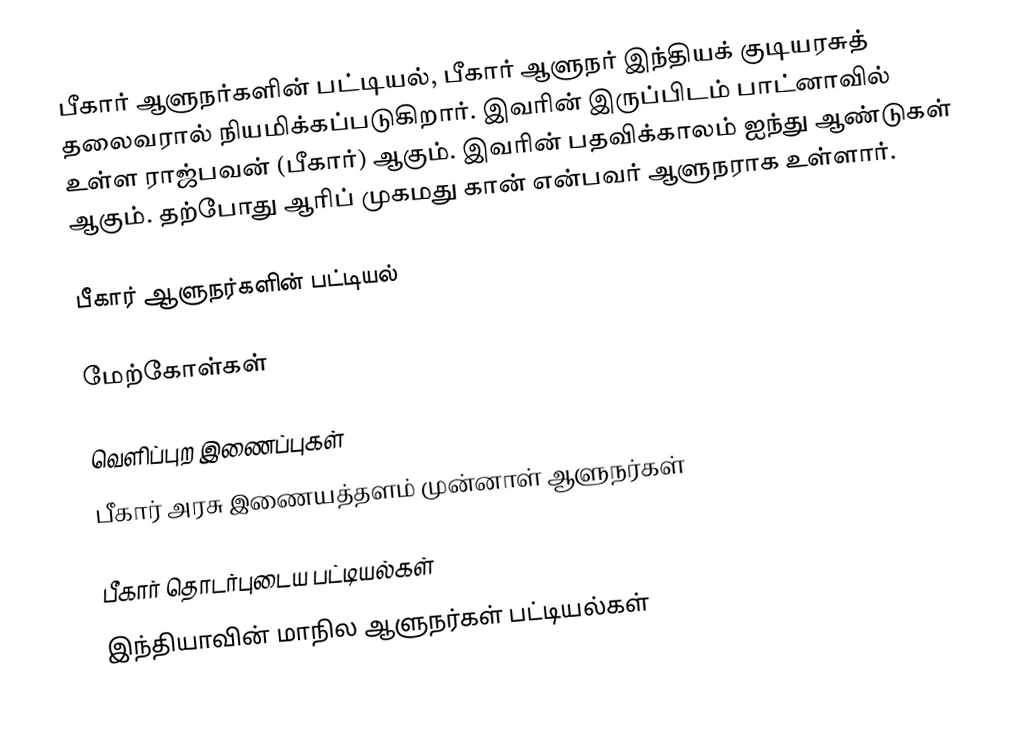
பீகார் ஆளுநர்களின் பட்டியல், பீகார் ஆளுநர் இந்தியக் குடியரசுத் தலைவரால் நியமிக்கப்படுகிறார். இவரின் இருப்பிடம் பாட்னாவில் உள்ள ராஜ்பவன் (பீகார்) ஆகும். இவரின் பதவிக்காலம் ஐந்து ஆண்டுகள் ஆகும். தற்போது ஆரிப் முகமது கான் என்பவர் ஆளுநராக உள்ளார்.

பீகார் ஆளுநர்களின் பட்டியல்

மேற்கோள்கள்

வெளிப்புற இணைப்புகள்
 பீகார் அரசு இணையத்தளம் முன்னாள் ஆளுநர்கள்

பீகார் தொடர்புடைய பட்டியல்கள்
இந்தியாவின் மாநில ஆளுநர்கள் பட்டியல்கள்